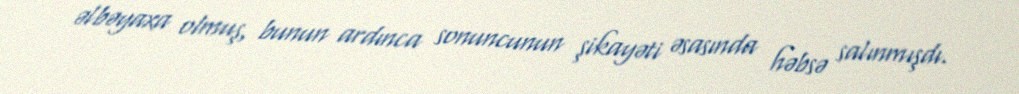
əlbəyaxa olmuş, bunun ardınca sonuncunun şikayəti əsasında həbsə salınmışdı.